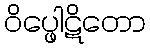
ဝိပ္ဖေါဋိတော